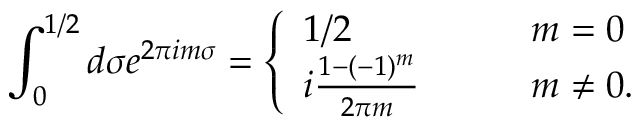
\int _ { 0 } ^ { 1 / 2 } d \sigma e ^ { 2 \pi i m \sigma } = \left\{ \begin{array} { l l } { { 1 / 2 \qquad } } & { { m = 0 } } \\ { { i \frac { 1 - ( - 1 ) ^ { m } } { 2 \pi m } \qquad } } & { { m \neq 0 . } } \end{array} \right.